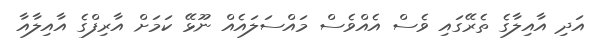
އަދި އާއިލާގެ ތެރޭގައި ވެސް އެއްވެސް މައްސަލައެއް ނޫޅޭ ކަމަށް އާރިފްގެ އާއިލާއާ